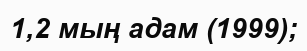
1,2 мың адам (1999);